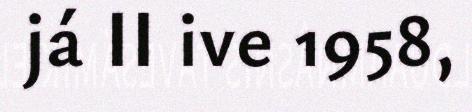
já II ive 1958,